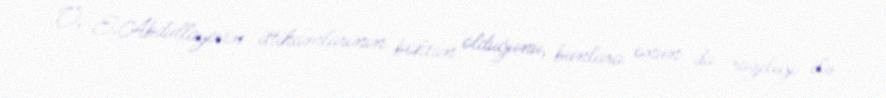
O, E.Abdullayevin ittihamlarının böhtan olduğunu, bunlara onun da razılığı ilə